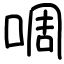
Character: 啁